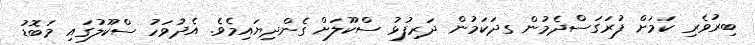
ބިރުވެރި ކަމަށް ފުރަގަސްދެމުން ގދަކަމުން ދަރިފުޅު ސްކޫލަށް ގެންދިޔައިމެވެ. އެދުވަހު ސްކޫލުގައި މަބޮޑު